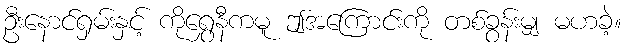
ဦးနောင်ရှမ်းနှင့် ကိုရွှေနီကမူ ဤအကြောင်းကို တစ်ခွန်းမျှ မဟခဲ့။